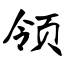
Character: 领